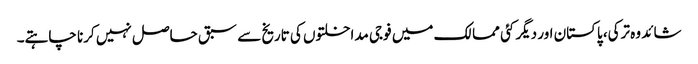
شائد وہ ترکی، پاکستان اور دیگر کئی ممالک میں فوجی مداخلتوں کی تاریخ سے سبق حاصل نہیں کرنا چاہتے۔